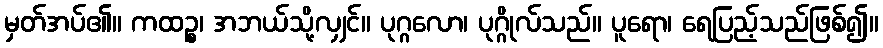
မှတ်အပ်၏။ ကထဉ္စ၊ အဘယ်သို့လျှင်။ ပုဂ္ဂလော၊ ပုဂ္ဂိုလ်သည်။ ပူရော၊ ရေပြည့်သည်ဖြစ်၍။